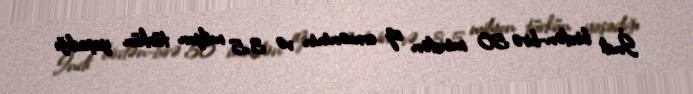
İndi birdən-birə 50 mindən az erməninin və 3,5 milyon türkün yaşadığı